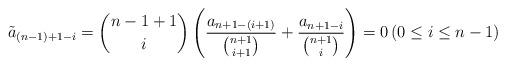
LaTeX: \begin{align*} \tilde{a}_{(n-1)+1-i}=\binom{n-1+1}{i}\left(\dfrac{a_{n+1-(i+1)} }{\binom{n+1}{i+1}}+\dfrac{a_{n+1-i}}{\binom{n+1}{i}} \right)=0 \left(0\leq i\leq n-1\right)\end{align*}